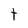
Character: t